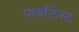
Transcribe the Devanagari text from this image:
पावलिस्ट